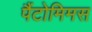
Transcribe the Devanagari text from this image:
पैंटोमिमस